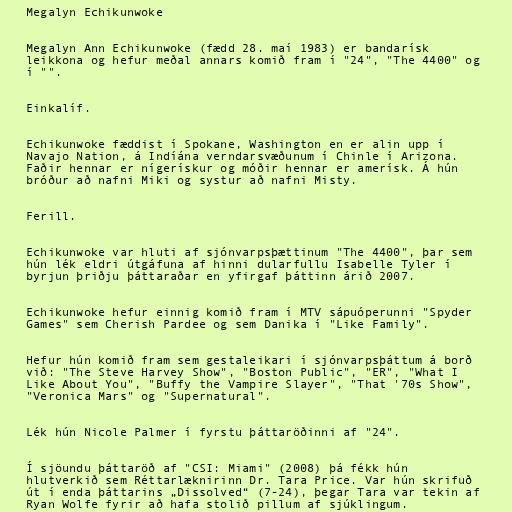
Megalyn Echikunwoke

Megalyn Ann Echikunwoke (fædd 28. maí 1983) er bandarísk
leikkona og hefur meðal annars komið fram í "24", "The 4400" og
í "".

Einkalíf.

Echikunwoke fæddist í Spokane, Washington en er alin upp í
Navajo Nation, á Indíána verndarsvæðunum í Chinle í Arizona.
Faðir hennar er nígerískur og móðir hennar er amerísk. Á hún
bróður að nafni Miki og systur að nafni Misty.

Ferill.

Echikunwoke var hluti af sjónvarpsþættinum "The 4400", þar sem
hún lék eldri útgáfuna af hinni dularfullu Isabelle Tyler í
byrjun þriðju þáttaraðar en yfirgaf þáttinn árið 2007.

Echikunwoke hefur einnig komið fram í MTV sápuóperunni "Spyder
Games" sem Cherish Pardee og sem Danika í "Like Family".

Hefur hún komið fram sem gestaleikari í sjónvarpsþáttum á borð
við: "The Steve Harvey Show", "Boston Public", "ER", "What I
Like About You", "Buffy the Vampire Slayer", "That '70s Show",
"Veronica Mars" og "Supernatural".

Lék hún Nicole Palmer í fyrstu þáttaröðinni af "24".

Í sjöundu þáttaröð af "CSI: Miami" (2008) þá fékk hún
hlutverkið sem Réttarlæknirinn Dr. Tara Price. Var hún skrifuð
út í enda þáttarins „Dissolved“ (7-24), þegar Tara var tekin af
Ryan Wolfe fyrir að hafa stolið pillum af sjúklingum.